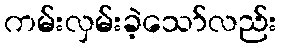
ကမ်းလှမ်းခဲ့သော်လည်း